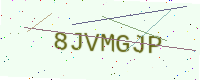
Text: 8JVMGJP